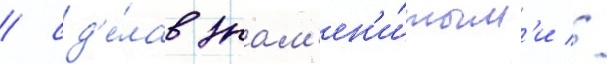
/ сд'е́лав знам'ен'и́тым'и //